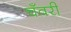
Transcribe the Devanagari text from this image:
चँवरी